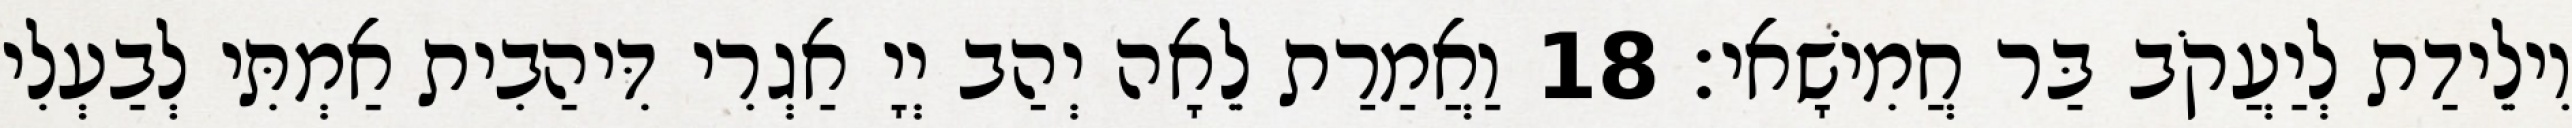
וִילֵידַת לְיַעֲקֹב בַּר חֲמִישָׁאי׃ 18 וַאֲמַרַת לֵאָה יְהַב יְיָ אַגְרִי דִּיהַבִית אַמְתִּי לְבַעְלִי